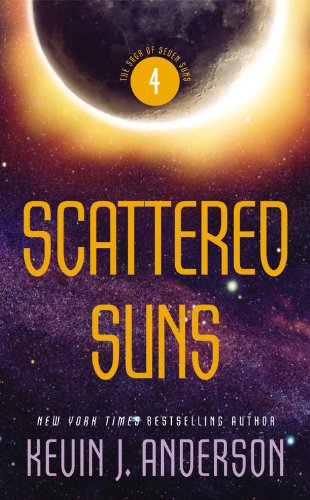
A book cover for Scattered Suns (The Saga of Seven Suns); Kevin J. Anderson; Romance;